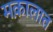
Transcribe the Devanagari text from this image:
मक़ालात